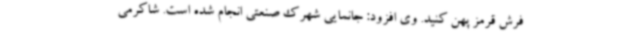
فرش قرمز پهن کنید. وی افزود: جانمایی شهرک صنعتی انجام شده است. شاکرمی